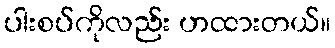
ပါးစပ်ကိုလည်း ဟထားတယ်။